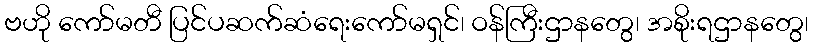
ဗဟို ကော်မတီ ပြင်ပဆက်ဆံရေးကော်မရှင်၊ ဝန်ကြီးဌာနတွေ၊ အစိုးရဌာနတွေ၊